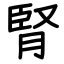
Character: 腎